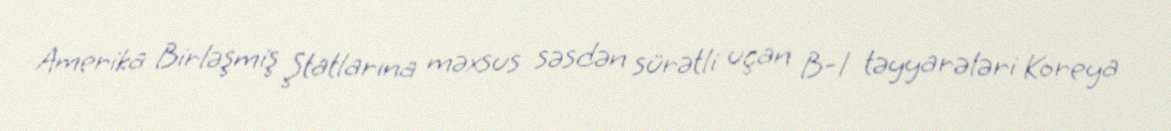
Amerika Birləşmiş Ştatlarına məxsus səsdən sürətli uçan B-1 təyyarələri Koreya